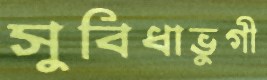
সুবিধাভুগী